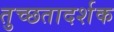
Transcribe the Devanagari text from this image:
तुच्छतादर्शक